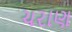
ચરાણ